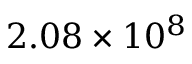
2 . 0 8 \times 1 0 ^ { 8 }